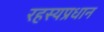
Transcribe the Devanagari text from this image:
रहस्यप्रधान